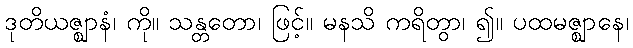
ဒုတိယဇ္ဈာနံ၊ ကို။ သန္တတော၊ ဖြင့်။ မနသိ ကရိတွာ၊ ၍။ ပထမဇ္ဈာနေ၊